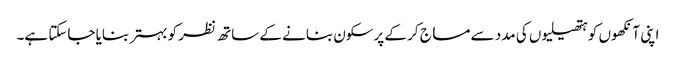
اپنی آنکھوں کو ہتھیلیوں کی مدد سے مساج کر کے پرسکون بنانے کے ساتھ نظر کو بہتر بنایا جاسکتا ہے۔